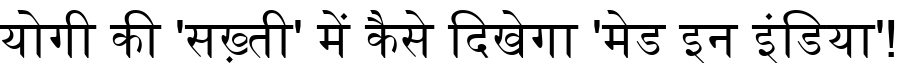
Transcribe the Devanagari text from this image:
योगी की 'सख़्ती' में कैसे दिखेगा 'मेड इन इंडिया'!